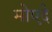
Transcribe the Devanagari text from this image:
मोएदे